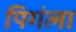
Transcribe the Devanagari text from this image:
पिगंला